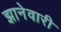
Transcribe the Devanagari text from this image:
झानेवारी